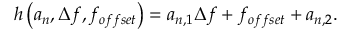
h \left( \boldsymbol { a _ { n } } , \Delta f , f _ { o f f s e t } \right) = a _ { n , 1 } \Delta f + f _ { o f f s e t } + a _ { n , 2 } .